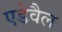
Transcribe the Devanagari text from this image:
एडेवैल